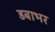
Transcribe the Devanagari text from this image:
डबाभर